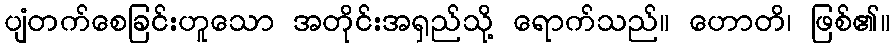
ပျံတက်စေခြင်းဟူသော အတိုင်းအရှည်သို့ ရောက်သည်။ ဟောတိ၊ ဖြစ်၏။